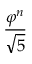
\frac { \varphi ^ { n } } { \sqrt { 5 } }